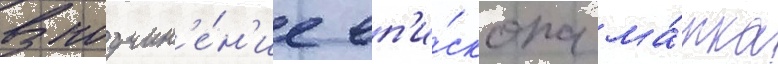
В подчин'е́н'ие еп'и́скопа ма́рка